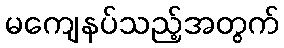
မကျေနပ်သည့်အတွက်